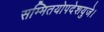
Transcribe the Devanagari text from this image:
सम्मितयोपदेशयुजे।